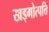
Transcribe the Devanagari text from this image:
खड्गोत्पत्ति